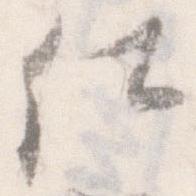
仕